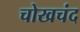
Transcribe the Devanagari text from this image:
चोखचंद